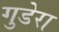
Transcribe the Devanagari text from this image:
गुडेरा